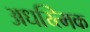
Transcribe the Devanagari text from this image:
अधय्त्मिक